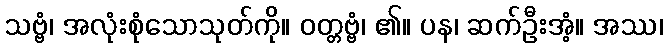
သဗ္ဗံ၊ အလုံးစုံသောသုတ်ကို။ ဝတ္တဗ္ဗံ၊ ၏။ ပန၊ ဆက်ဦးအံ့။ အဿ၊